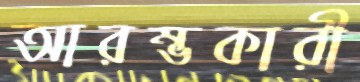
আরম্ভকারী